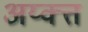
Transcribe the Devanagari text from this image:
अय्क्त्त